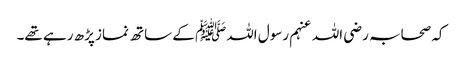
کہ صحابہ رضی اللہ عنہم رسول اللہﷺ کے ساتھ نماز پڑھ رہے تھے۔